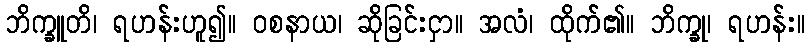
ဘိက္ခူတိ၊ ရဟန်းဟူ၍။ ဝစနာယ၊ ဆိုခြင်းငှာ။ အလံ၊ ထိုက်၏။ ဘိက္ခု၊ ရဟန်း။